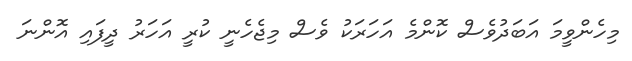
މިހެންވީމަ އަބަދުވެސް ކޮންމެ އަހަރަކު ވެސް މިޖެހެނީ ކުރީ އަހަރު ދީފައި އޮންނަ